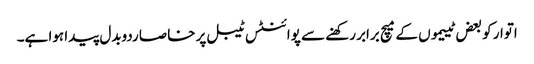
اتوار کو بعض ٹییموں کے میچ برابر رکھنے سے پوائنٹس ٹیبل پر خاصا ردوبدل پیدا ہوا ہے۔